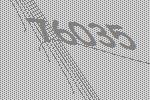
76035